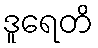
ဒူရေတိ